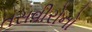
તસવીરોનો